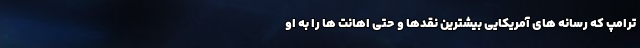
ترامپ که رسانه های آمریکایی بیشترین نقدها و حتی اهانت ها را به او